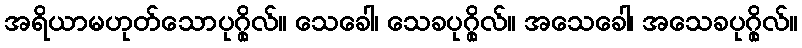
အရိယာမဟုတ်သောပုဂ္ဂိုလ်။ သေခေါ၊ သေခပုဂ္ဂိုလ်။ အသေခေါ၊ အသေခပုဂ္ဂိုလ်။